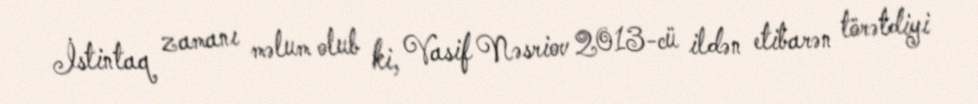
İstintaq zamanı məlum olub ki, Vasif Nəsriov 2013-cü ildən etibarən törətdiyi